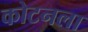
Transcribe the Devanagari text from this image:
कोटनला